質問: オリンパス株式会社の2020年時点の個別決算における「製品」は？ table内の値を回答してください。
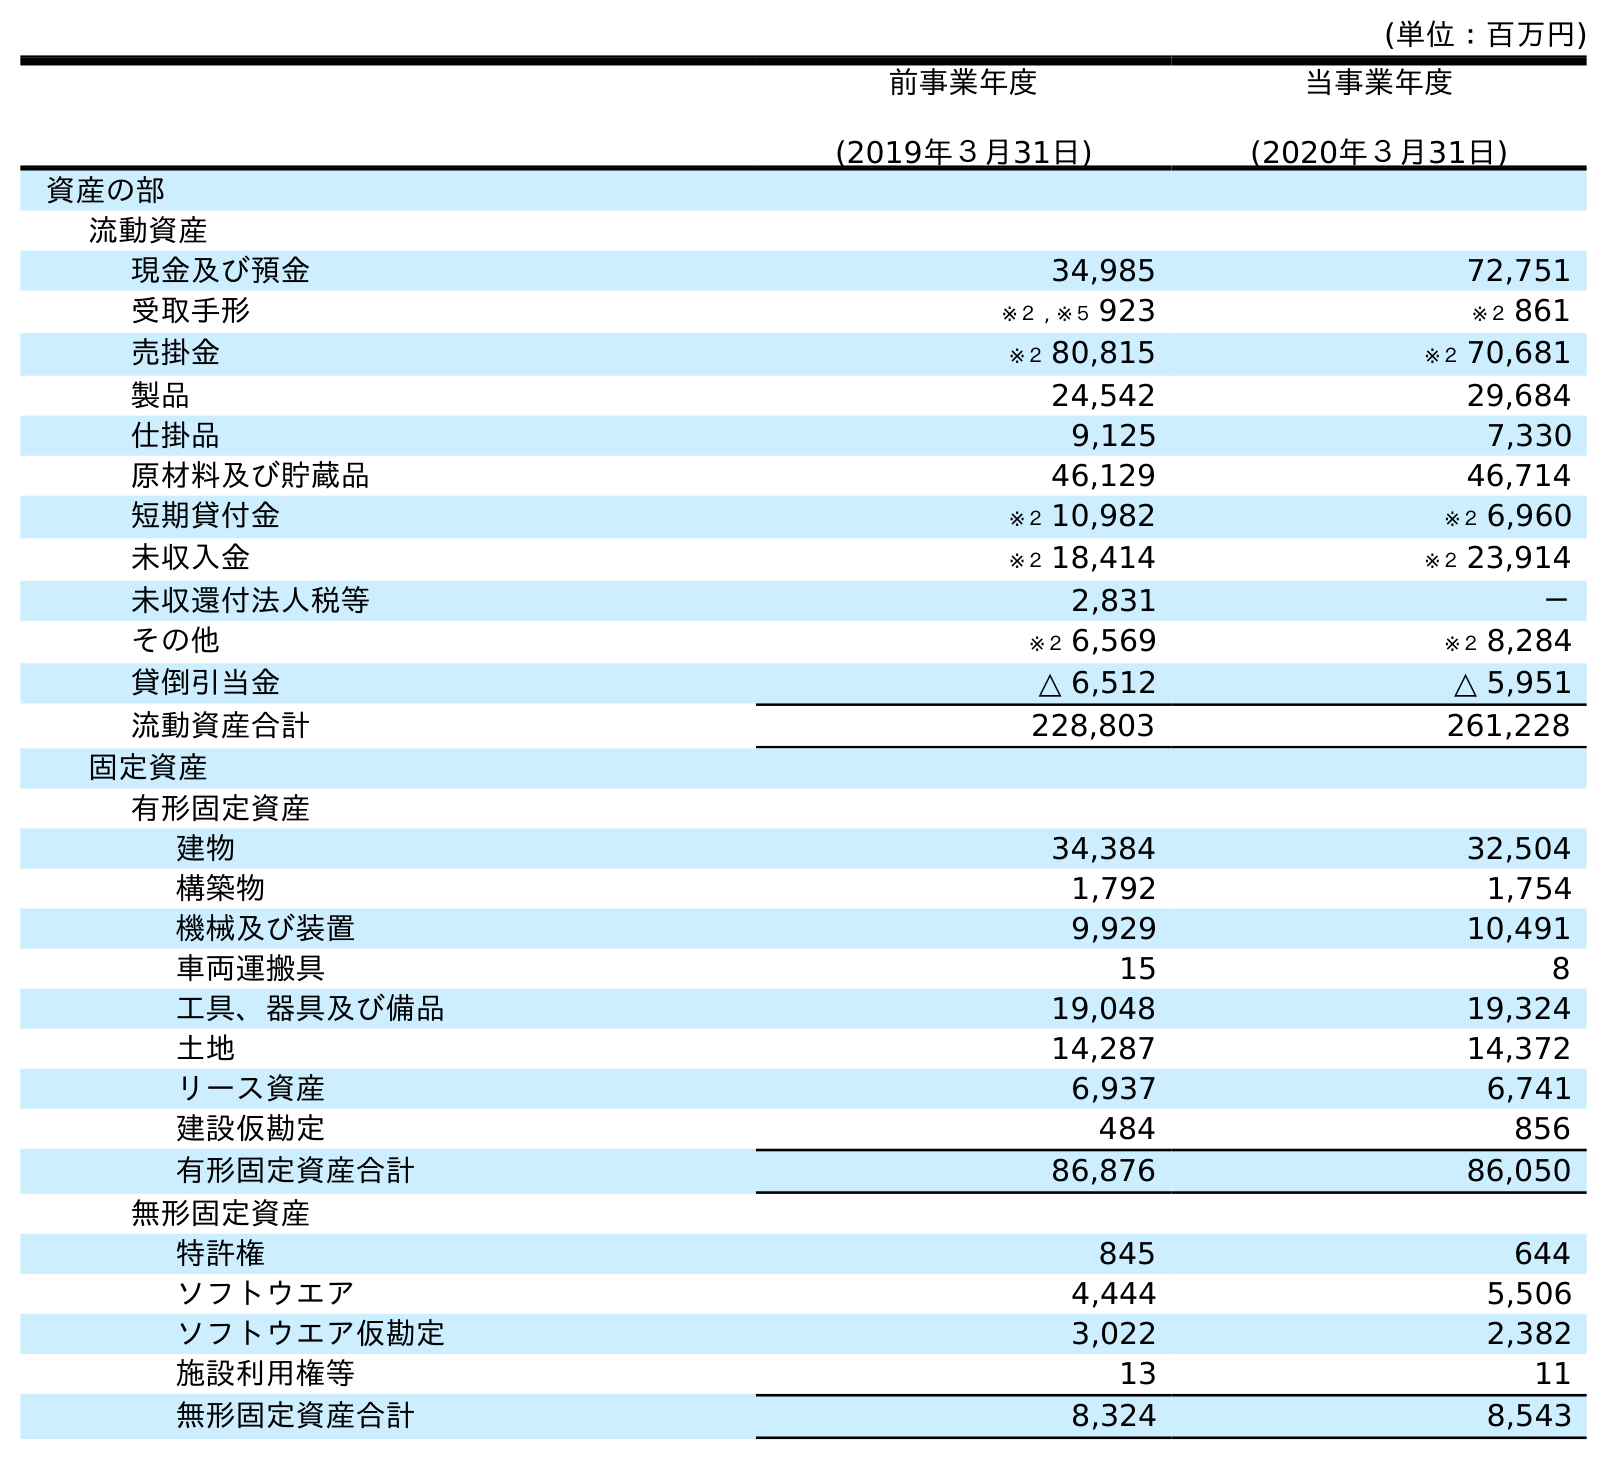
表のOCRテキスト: (単位：百万円) 前事業年度 (2019年３月31日) 当事業年度 (2020年３月31日) 資産の部 流動資産 現金及び預金 34,985 72,751 受取手形 ※２ , ※５ 923 ※２ 861 売掛金 ※２ 80,815 ※２ 70,681 製品 24,542 29,684 仕掛品 9,125 7,330 原材料及び貯蔵品 46,129 46,714 短期貸付金 ※２ 10,982 ※２ 6,960 未収入金 ※２ 18,414 ※２ 23,914 未収還付法人税等 2,831 － その他 ※２ 6,569 ※２ 8,284 貸倒引当金 △ 6,512 △ 5,951 流動資産合計 228,803 261,228 固定資産 有形固定資産 建物 34,384 32,504 構築物 1,792 1,754 機械及び装置 9,929 10,491 車両運搬具 15 8 工具、器具及び備品 19,048 19,324 土地 14,287 14,372 リース資産 6,937 6,741 建設仮勘定 484 856 有形固定資産合計 86,876 86,050 無形固定資産 特許権 845 644 ソフトウエア 4,444 5,506 ソフトウエア仮勘定 3,022 2,382 施設利用権等 13 11 無形固定資産合計 8,324 8,543
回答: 29,684